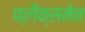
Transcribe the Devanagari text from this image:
फ्लैंक्समेन